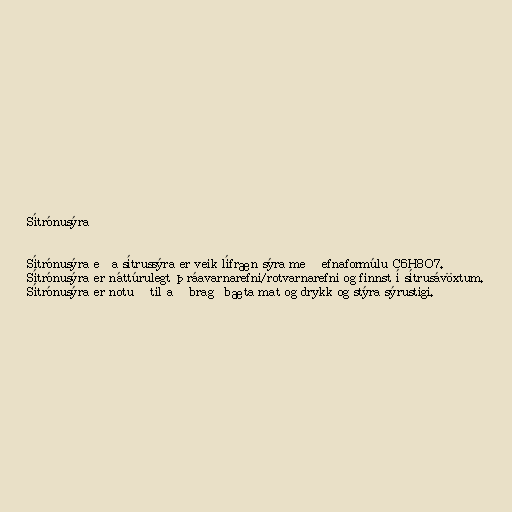
Sítrónusýra

Sítrónusýra eða sítrussýra er veik lífræn sýra með efnaformúlu C6H8O7.
Sítrónusýra er náttúrulegt þráavarnarefni/rotvarnarefni og finnst í sítrusávöxtum.
Sítrónusýra er notuð til að bragðbæta mat og drykk og stýra sýrustigi.